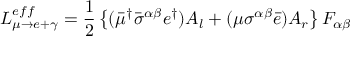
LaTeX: { \cal { L } } _ { \mu \rightarrow e + \gamma } ^ { e f f } = \frac { 1 } { 2 } \left\{ ( \bar { \mu } ^ { \dagger } \bar { \sigma } ^ { \alpha \beta } e ^ { \dagger } ) A _ { l } + ( \mu \sigma ^ { \alpha \beta } \bar { e } ) A _ { r } \right\} F _ { \alpha \beta }